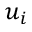
u _ { i }